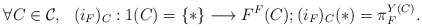
\begin{align*}\forall C\in \mathcal{C},~~ (i_F)_C:1(C) = \{*\} \longrightarrow F^F(C);(i_F)_C (*) = \pi_F^{Y(C)}.\end{align*}